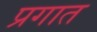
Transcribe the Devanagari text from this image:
प्रगात